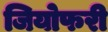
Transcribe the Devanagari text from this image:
जियोफरी